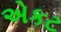
એકટ